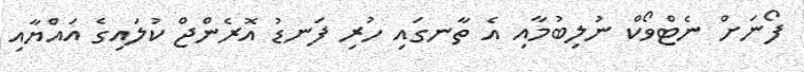
ފޯނަށް ނެޓްވޯކް ނުލިބުމާއި އެ ތާނގައި ހުރި ފަނޑު އޮރެންޖް ކުލައިގެ އައްޔާއި